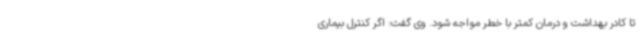
تا کادر بهداشت و درمان کمتر با خطر مواجه شود. وی گفت: اگر کنترل بیماری